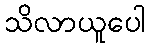
သိလာယူပေါ